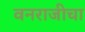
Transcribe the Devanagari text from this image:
वनराजीचा